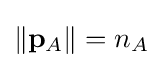
\|\mathbf {p} _{A}\|=n_{A}